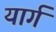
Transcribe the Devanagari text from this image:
यार्ग